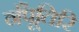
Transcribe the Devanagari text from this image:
नँपूतिरि